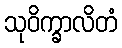
သုဝိက္ခာလိတံ